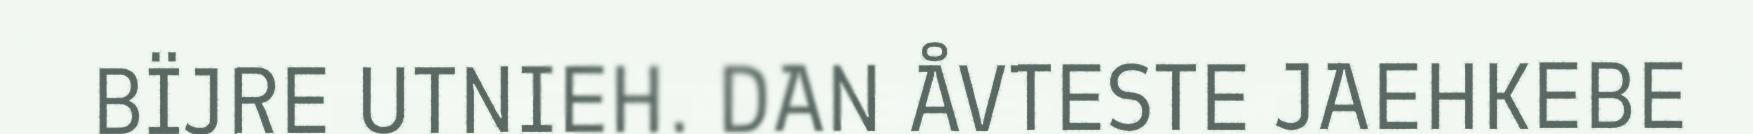
BÏJRE UTNIEH. DAN ÅVTESTE JAEHKEBE